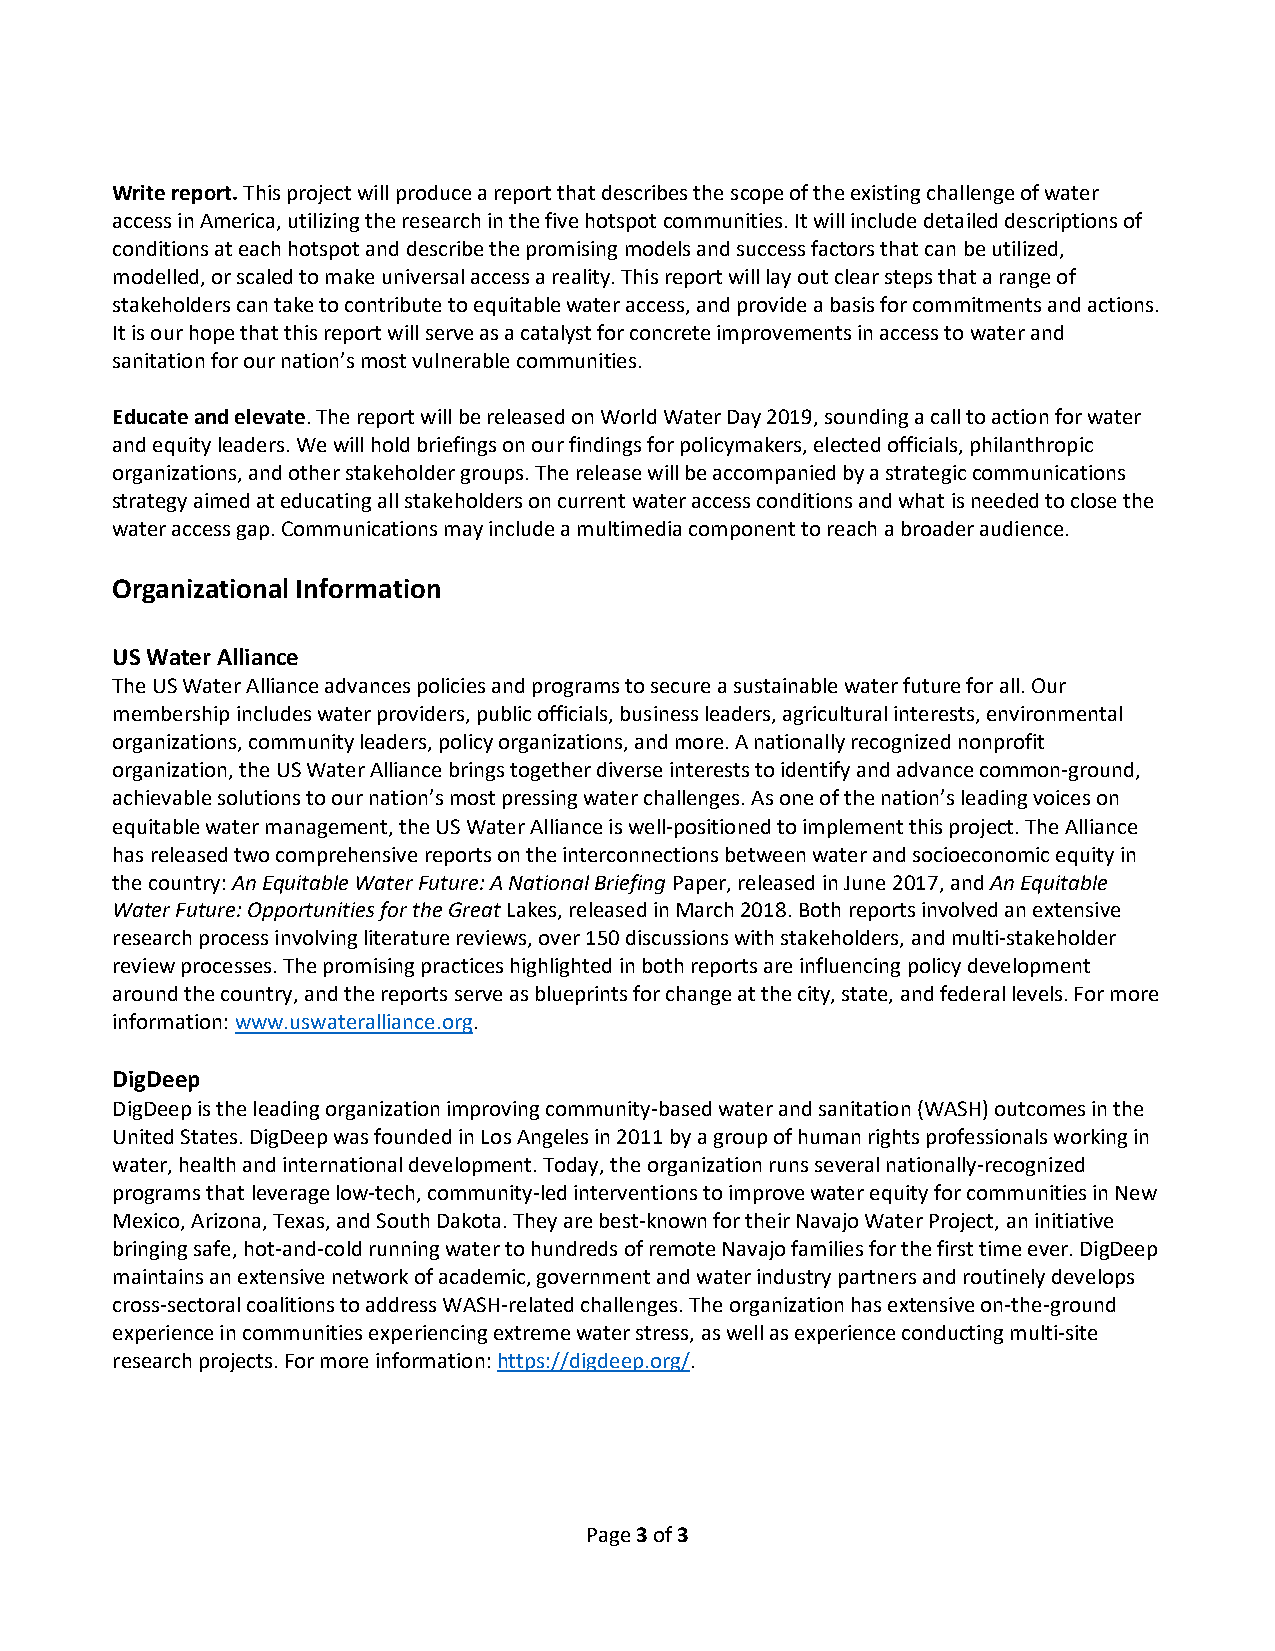
Write report. This project will produce a report that describes the scope of the existing challenge of water
 access in America, utilizing the research in the five hotspot communities. It will include detailed descriptions of
 conditions at each hotspot and describe the promising models and success factors that can be utilized,
 modelled, or scaled to make universal access a reality. This report will lay out clear steps that a range of
 stakeholders can take to contribute to equitable water access, and provide a basis for commitments and actions.
 It is our hope that this report will serve as a catalyst for concrete improvements in access to water and
 sanitation for our nation’s most vulnerable communities.
 Educate and elevate. The report will be released on World Water Day 2019, sounding a call to action for water
 and equity leaders. We will hold briefings on our findings for policymakers, elected officials, philanthropic
 organizations, and other stakeholder groups. The release will be accompanied by a strategic communications
 strategy aimed at educating all stakeholders on current water access conditions and what is needed to close the
 water access gap. Communications may include a multimedia component to reach a broader audience.
 Organizational Information
 US Water Alliance
 The US Water Alliance advances policies and programs to secure a sustainable water future for all. Our
 membership includes water providers, public officials, business leaders, agricultural interests, environmental
 organizations, community leaders, policy organizations, and more. A nationally recognized nonprofit
 organization, the US Water Alliance brings together diverse interests to identify and advance common-ground,
 achievable solutions to our nation’s most pressing water challenges. As one of the nation’s leading voices on
 equitable water management, the US Water Alliance is well-positioned to implement this project. The Alliance
 has released two comprehensive reports on the interconnections between water and socioeconomic equity in
 the country: An Equitable Water Future: A National Briefing Paper, released in June 2017, and An Equitable
 Water Future: Opportunities for the Great Lakes, released in March 2018. Both reports involved an extensive
 research process involving literature reviews, over 150 discussions with stakeholders, and multi-stakeholder
 review processes. The promising practices highlighted in both reports are influencing policy development
 around the country, and the reports serve as blueprints for change at the city, state, and federal levels. For more
 information: www.uswateralliance.org.
 DigDeep
 DigDeep is the leading organization improving community-based water and sanitation (WASH) outcomes in the
 United States. DigDeep was founded in Los Angeles in 2011 by a group of human rights professionals working in
 water, health and international development. Today, the organization runs several nationally-recognized
 programs that leverage low-tech, community-led interventions to improve water equity for communities in New
 Mexico, Arizona, Texas, and South Dakota. They are best-known for their Navajo Water Project, an initiative
 bringing safe, hot-and-cold running water to hundreds of remote Navajo families for the first time ever. DigDeep
 maintains an extensive network of academic, government and water industry partners and routinely develops
 cross-sectoral coalitions to address WASH-related challenges. The organization has extensive on-the-ground
 experience in communities experiencing extreme water stress, as well as experience conducting multi-site
 research projects. For more information: https://digdeep.org/.
 Page 3 of 3